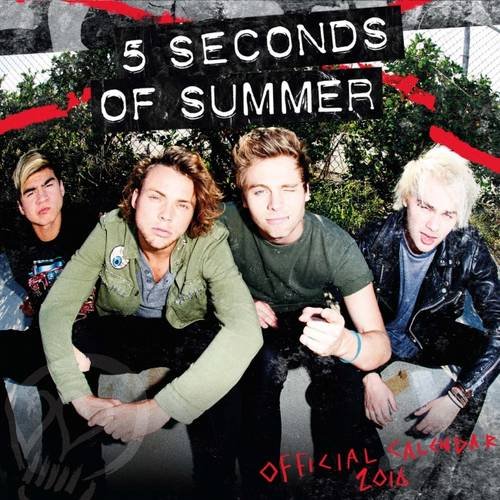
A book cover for The Official 5 Seconds of Summer 2016 Mini Calendar; Calendars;